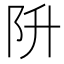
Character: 阩